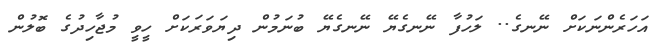
އަހަރެންނަކަށް ނޭނގެ.. ލަހުފާ ނޭނގެޔޭ ނޭނގެޔޭ ބުނަމުން ދިޔަވަރަކަށް ހީވީ މުޖާހިދުގެ ބޮލުން